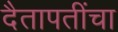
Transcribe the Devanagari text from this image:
दैतापतींचा